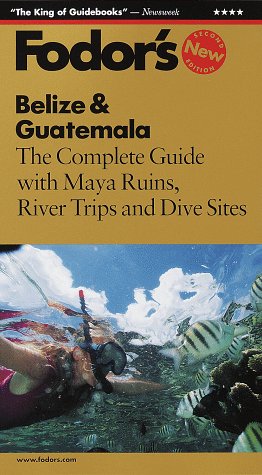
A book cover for Belize & Guatemala: The Complete Guide with Maya Ruins, River Trips and Dive Sites (Fodor's Belize & Guatemala); Fodor's; Travel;